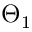
\Theta _ { 1 }